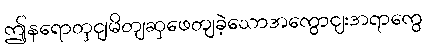
ဤနရောတှငျမိတျဆှဖေတျခဲ့သောအကွောငျးအရာကွေ